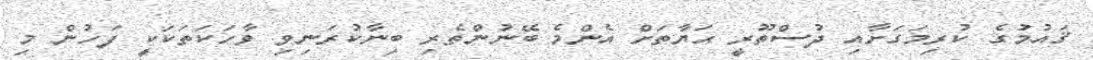
ޤައުމުގެ ކުރިމަގަށާއި ދުސްތޫރީ ޙަޔާތަށް އެންމެ ބޭނުންތެރި ބިނާކުރަނިވި ވާހަކަތަކަކީ ފަހުން މި